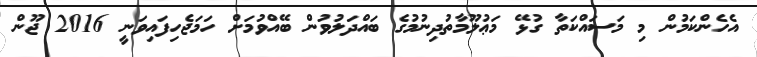
އެހެންކަމުން މި މަސައްކަތާ ގުޅޭ މަޢުލޫމާތުދިނުމުގެ ބައްދަލުވުން ބޭއްވުމަށް ހަމަޖެހިފައިވަނީ 2016 ޖޫން